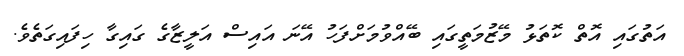
އަތުގައި އޮތް ކޮތަޅު މޭޒުމަތީގައި ބޭއްވުމަށްފަހު އޭނަ އައިސް އަލީޒާގެ ގައިގާ ހިފައިގަތެވެ.